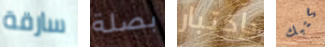
سارقة بصلة بإختبار كتبك